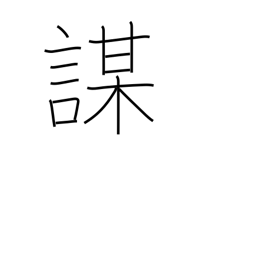
Meaning: cheat